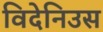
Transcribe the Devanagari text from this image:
विदेनिउस